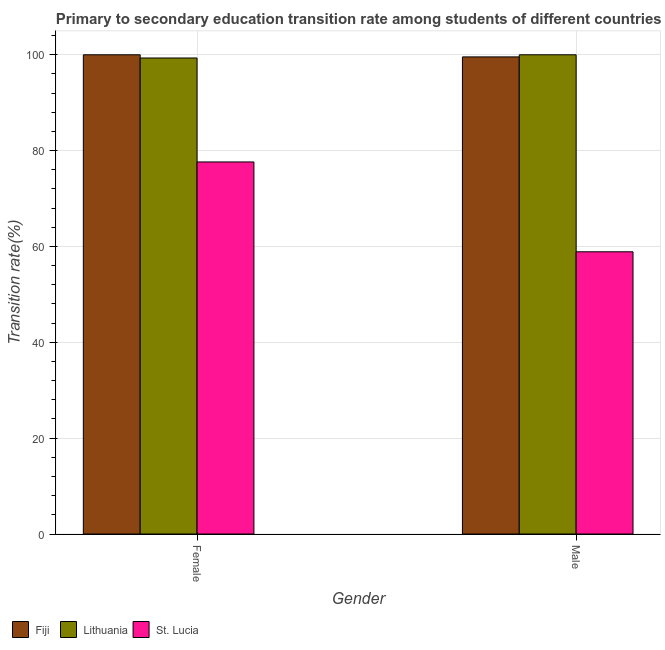
| Gender | Fiji | Lithuania | St. Lucia |
 | --- | --- | --- | --- |
 | Female | 100 | 99.3 | 77.6 |
 | Male | 99.6 | 100 | 58.9 |